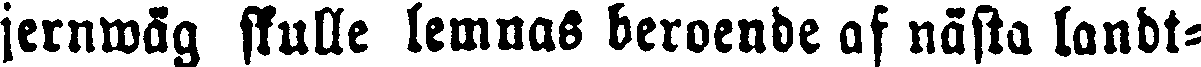
jernwäg ssulle lemnas beroende af nästa landt-